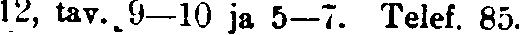
12, tav. 9—10 ja 5—7. Telef. 85.